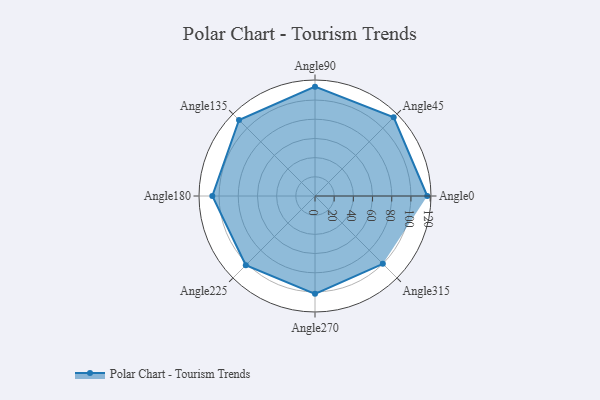
{"axis": {"x": "Angle", "y": "Radius"}, "legend": [""], "data": [{"x": "Angle0", "y": 117.0, "type": ""}, {"x": "Angle45", "y": 116.0, "type": ""}, {"x": "Angle90", "y": 114.0, "type": ""}, {"x": "Angle135", "y": 112.0, "type": ""}, {"x": "Angle180", "y": 107.0, "type": ""}, {"x": "Angle225", "y": 102.0, "type": ""}, {"x": "Angle270", "y": 102.0, "type": ""}, {"x": "Angle315", "y": 100.0, "type": ""}]}